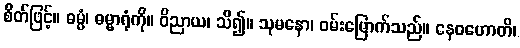
စိတ်ဖြင့်။ ဓမ္မံ၊ ဓမ္မာရုံကို။ ဝိညာယ၊ သိ၍။ သုမနော၊ ဝမ်းမြောက်သည်။ နေဝဟောတိ၊